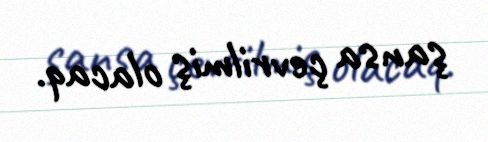
şansa çevrilmiş olacaq.